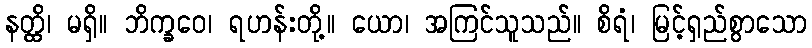
နတ္ထိ၊ မရှိ။ ဘိက္ခဝေ၊ ရဟန်းတို့။ ယော၊ အကြင်သူသည်။ စိရံ၊ မြင့်ရှည်စွာသော